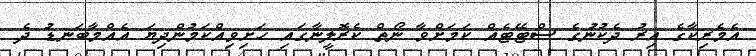
އެމެރިކާގެ އިރު ދެކުނުގެ ސްޓޭޓެއް ކަމަށްވާ ނޯތް ކެރޮލީނާގައި ހަށިވިއްކަމުންދިޔަ އެއްމާބަނޑު ދެ